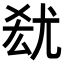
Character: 𡯮